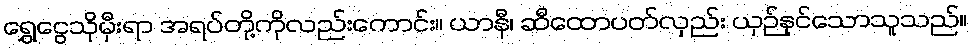
ရွှေငွေသိုမှီးရာ အရပ်တို့ကိုလည်းကောင်း။ ယာနီ၊ ဆီထောပတ်လှည်း ယှဉ်နှင်သောသူသည်။